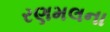
રણમલના